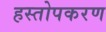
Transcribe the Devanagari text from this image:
हस्तोपकरण